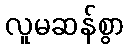
လူမဆန်စွာ